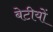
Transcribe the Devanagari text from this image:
बेटीयों